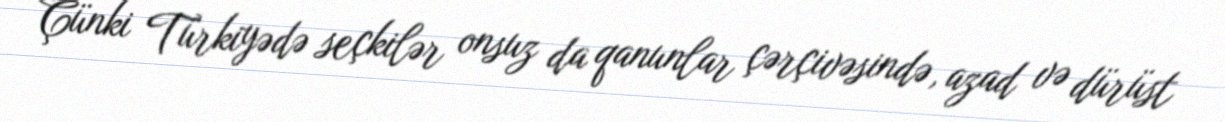
Çünki Türkiyədə seçkilər onsuz da qanunlar çərçivəsində, azad və dürüst